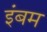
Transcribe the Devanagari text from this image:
इंबम